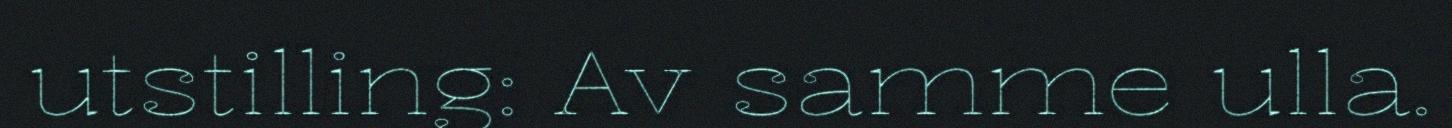
utstilling: Av samme ulla.